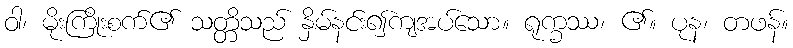
ဝါ၊ မိုးကြိုးစက်၏ သတ္တိသည် နှိမ်နင်း၍ကျအပ်သော။ ရုက္ခဿ၊ ၏။ ပုန၊ တဖန်။